Report on the bubonic plague in Bombay, 1896-1897
Year: 1896
Disease focus: Plague
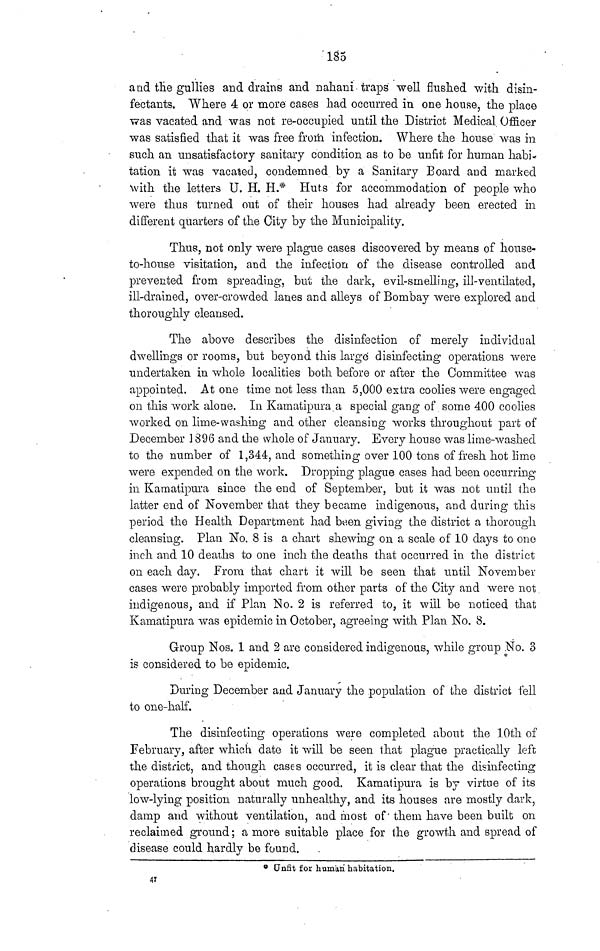
185
and the gullies and drains and nahani· traps well flushed with disin-
fectants. Where 4 or more cases had occurred in one house, the place
was vacated and was not re-occupied until the District Medical Officer
was satisfied that it was free frorh infection. Where the house was in
such an unsatisfactory sanitary condition as to be unfit for human habi-
tation it was vacated, condemned by a Sanitary Board and marked
with the letters U. H. H.* Huts for accommodation of people who
were thus turned out of their houses had already been erected in
different quarters of the City by the Municipality.
Thus, not only were plague cases discovered by means of house-
to-house visitation, and the infection of the disease controlled and
prevented from spreading, but the dark, evil-smelling, ill-ventilated,
ill-drained, over-crowded lanes and alleys of Bombay were explored and
thoroughly cleansed.
The above describes the disinfection of merely individual
dwellings or rooms, but beyond this large disinfecting operations were
undertaken in whole localities both before or after the Committee was
appointed. At one time not less than 5,000 extra coolies were engaged
on this work alone. In Kamatipura a special gang of some 400 coolies
worked on lime-washing and other cleansing works throughout part of
December 1396 and the whole of January. Every house was lime-washed
to the number of 1,344, and something over 100 tons of fresh hot lime
were expended on the work. Dropping plague cases had been occurring
in Kamatipura since the end of September, but it was not until the
latter end of November that they became indigenous, and during this
period the Health Department had been giving the district a thorough
cleansing. Plan No. 8 is a chart shewing on a scale of 10 days to one
inch and 10 deaths to one inch the deaths that occurred in the district
on each day. From that chart it will be seen that until November
cases were probably imported from other parts of the City and were not
indigenous, and if Plan No. 2 is referred to, it will be noticed that
Kamatipura was epidemic in October, agreeing with Plan No. 8.
Group Nos. 1 and 2 are considered indigenous, while group No. 3
is considered to be epidemic.
During December and January the population of the district fell
to one-half.
The disinfecting operations were completed about the 10th of
February, after which date it will be seen that plague practically left
the district, and though cases occurred, it is clear that the disinfecting
operations brought about much good. Kamatipura is by virtue of its
low-lying position naturally unhealthy, and its houses are mostly dark,
damp and without ventilation, and most of them have been built on
reclaimed ground ; a more suitable place for the growth and spread of
disease could hardly be found.
Unfit for human habitation.
47